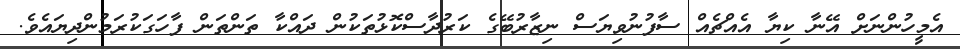
އެމީހުންނަށް އޭނާ ކިޔާ އެއްޗެއް ސާފުނުވިޔަސް ނިޒާރުބޭގެ ކަރުދާސްކޮޅުތަކުން ދައްކާ ތަންތަން ފާހަގަކުރަމުންދިޔައެވެ.